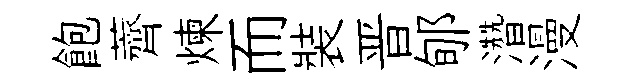
飽薺煉而裝晋郇濳漫